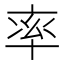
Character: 率